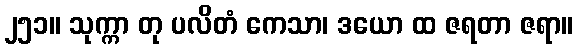
၂၅၁။ သုက္ကာ တု ပလိတံ ကေသာ၊ ဒယော ထ ဇရတာ ဇရာ။